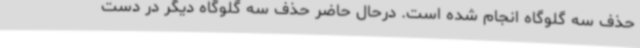
حذف سه گلوگاه انجام شده است. درحال حاضر حذف سه گلوگاه دیگر در دست